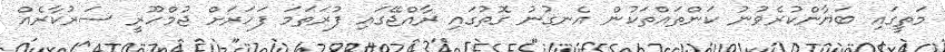
މަތީގައި ބަޔާންކުރެވުނު ކަންތައްތަކުން އެނގުނު ގޮތުގައި ރާއްޖޭގައި ފުރަތަމަ ފަހަރަށް ޖުމްހޫރީ ސަރުކާރެއް